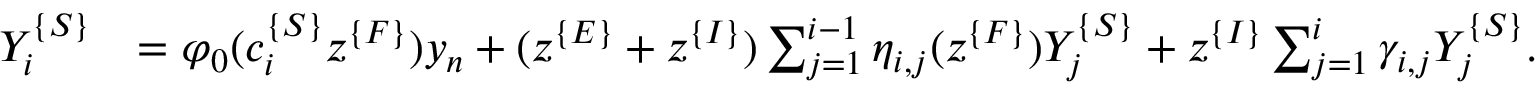
\begin{array} { r l } { Y _ { i } ^ { \{ S \} } } & { = \varphi _ { 0 } ( c _ { i } ^ { \{ S \} } z ^ { \{ F \} } ) y _ { n } + ( z ^ { \{ E \} } + z ^ { \{ I \} } ) \sum _ { j = 1 } ^ { i - 1 } \eta _ { i , j } ( z ^ { \{ F \} } ) Y _ { j } ^ { \{ S \} } + z ^ { \{ I \} } \sum _ { j = 1 } ^ { i } \gamma _ { i , j } Y _ { j } ^ { \{ S \} } . } \end{array}